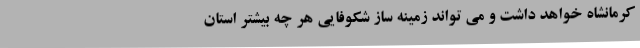
کرمانشاه خواهد داشت و می تواند زمینه ساز شکوفایی هر چه بیشتر استان